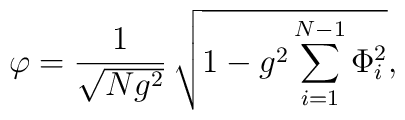
\varphi={1\over \sqrt{Ng^{2}}}\,\sqrt{1-g^{2}\sum_{i=1}^{N-1}\Phi_{i}^{2}},